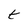
Character: t